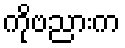
ကိုဗညားက